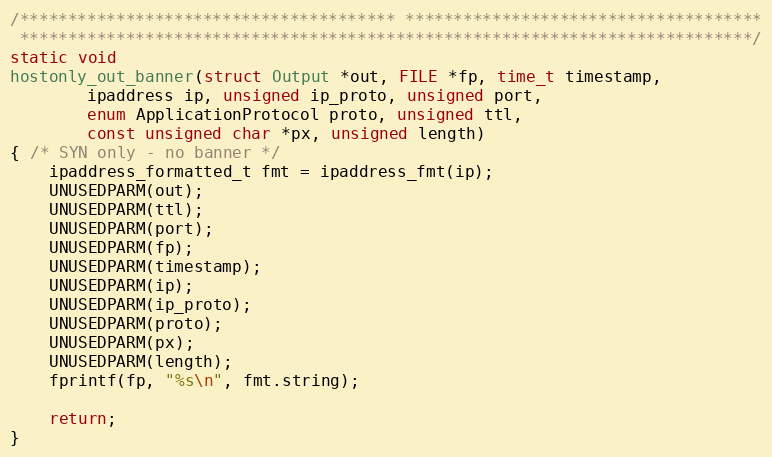
Language: C
/*************************************** *************************************
 ****************************************************************************/
static void
hostonly_out_banner(struct Output *out, FILE *fp, time_t timestamp,
        ipaddress ip, unsigned ip_proto, unsigned port,
        enum ApplicationProtocol proto, unsigned ttl,
        const unsigned char *px, unsigned length)
{ /* SYN only - no banner */
    ipaddress_formatted_t fmt = ipaddress_fmt(ip);
    UNUSEDPARM(out);
    UNUSEDPARM(ttl);
    UNUSEDPARM(port);
    UNUSEDPARM(fp);
    UNUSEDPARM(timestamp);
    UNUSEDPARM(ip);
    UNUSEDPARM(ip_proto);
    UNUSEDPARM(proto);
    UNUSEDPARM(px);
    UNUSEDPARM(length);
    fprintf(fp, "%s\n", fmt.string);

    return;
}